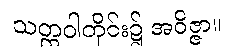
သတ္တဝါတိုင်း၌ အဝိဇ္ဇာ။